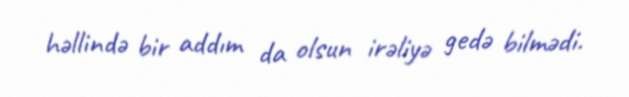
həllində bir addım da olsun irəliyə gedə bilmədi.